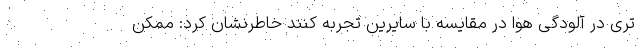
تری در آلودگی هوا در مقایسه با سایرین تجربه کنند خاطرنشان کرد: ممکن